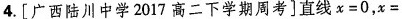
4.[广西陆川中学2017高二下学期周考]直线 $$x = 0$$ ， $$x =